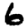
Digit: 6